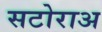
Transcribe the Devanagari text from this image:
सटोराअ